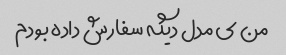
من ی مدل دیگه سفارش داده بودم